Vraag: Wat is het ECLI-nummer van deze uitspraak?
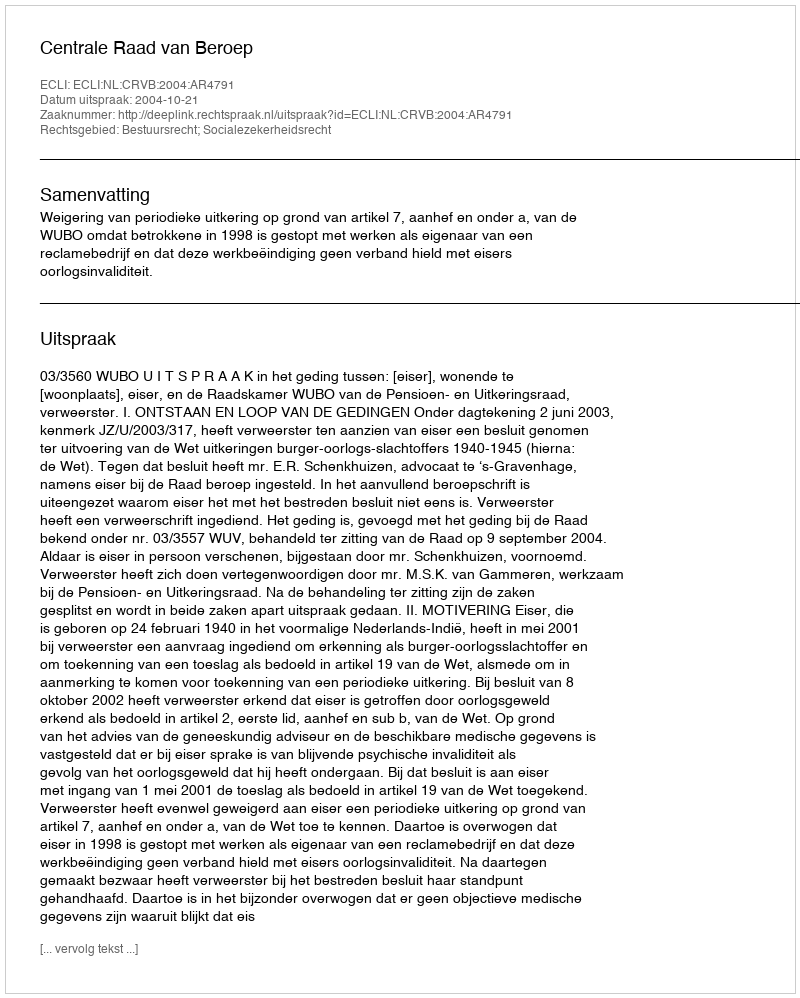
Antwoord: ECLI:NL:CRVB:2004:AR4791